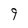
Character: 9